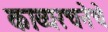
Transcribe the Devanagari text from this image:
काव्यरचनेचे